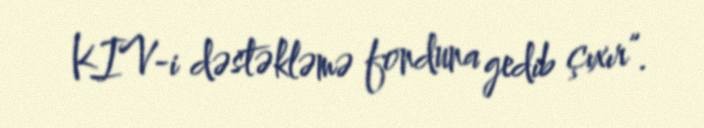
KIV-i dəstəkləmə fonduna gedib çıxır”.